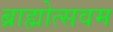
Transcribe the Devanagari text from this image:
ब्राह्मोत्सवम